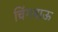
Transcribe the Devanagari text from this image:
चिंगचाऊ